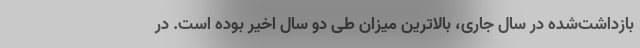
بازداشت‌شده در سال جاری، بالاترین میزان طی دو سال اخیر بوده است. در